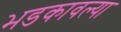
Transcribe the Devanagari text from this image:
भडकावल्या